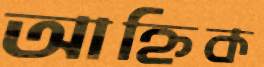
আহ্নিক